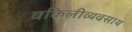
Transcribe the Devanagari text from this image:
वकिलीव्यवसाय